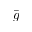
\bar { g }